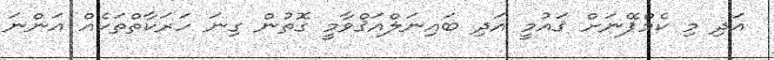
އަދި މި ކެމްޕޭނަށް ޤައުމީ އަދި ބައިނަލްއަޤްވާމީ ގޮތުން ގިނަ ހަރަކާތްތަކެއް އަންނަ